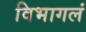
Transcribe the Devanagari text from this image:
विभागलं